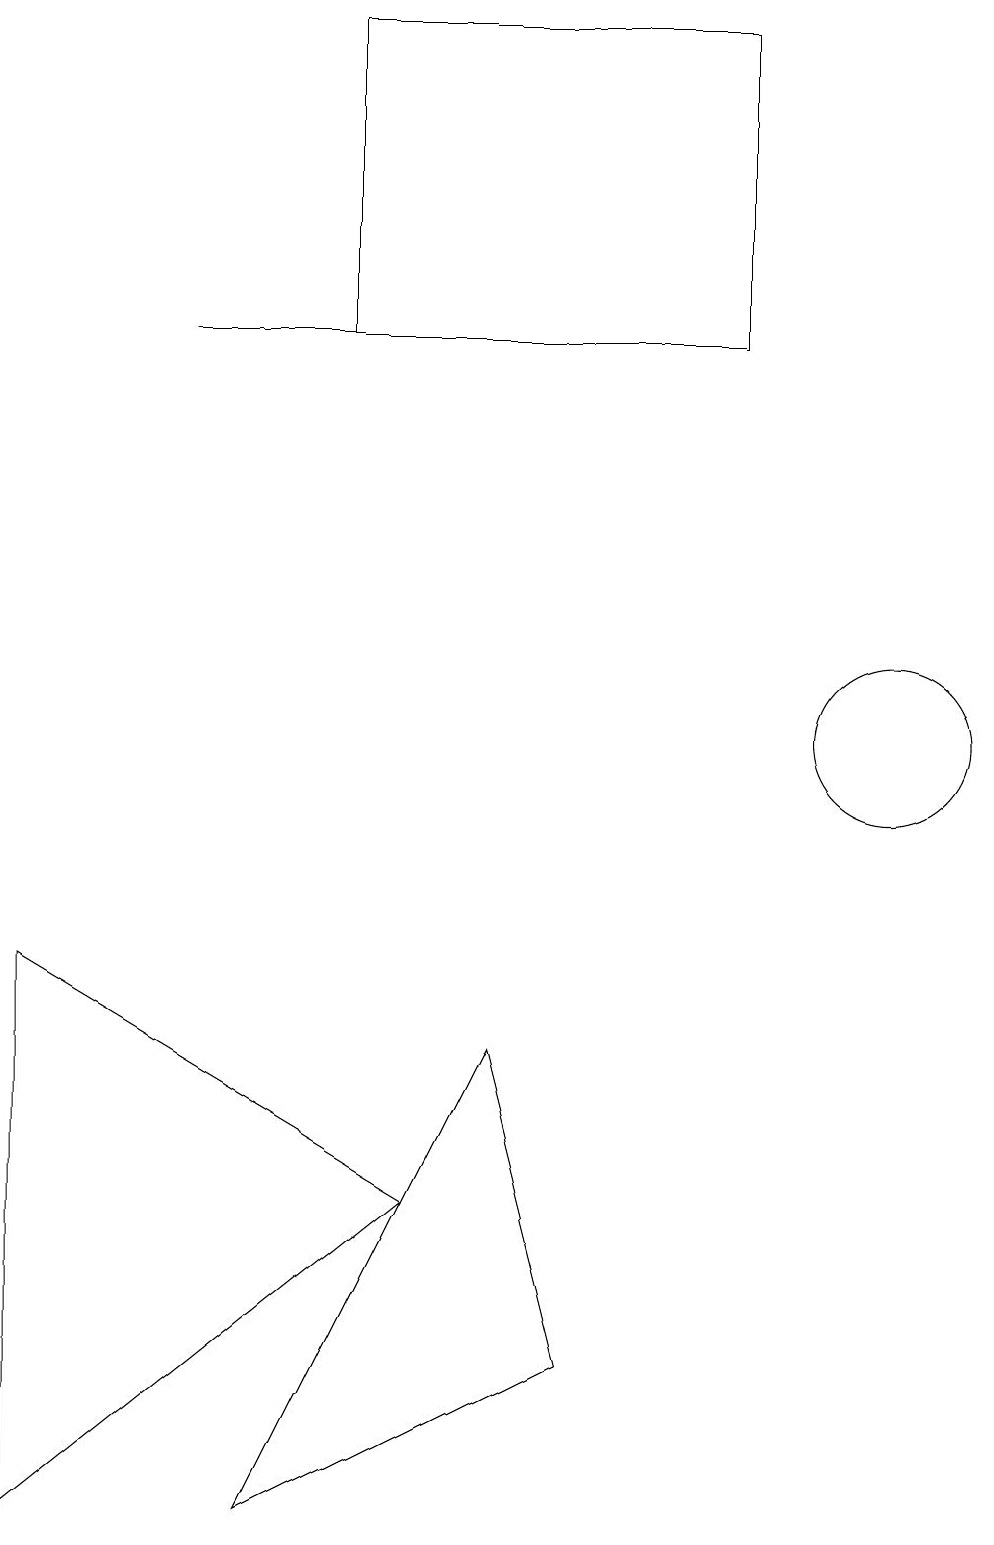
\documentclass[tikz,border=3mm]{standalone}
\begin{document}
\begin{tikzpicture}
\draw (3,0) -- (6,6) -- (7,2) -- cycle;
\draw (0,0) -- (5,4) -- (0,7) -- cycle;
\draw (9,15) rectangle (4,19);
\draw (8,15) rectangle (2,15);
\draw (11,10) circle (1);
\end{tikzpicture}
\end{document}